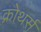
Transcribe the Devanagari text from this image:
क्रोथर्स